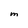
Character: M